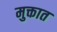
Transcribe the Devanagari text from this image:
मुक्तात